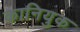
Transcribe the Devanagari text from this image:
कानियुक